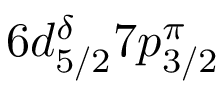
6 d _ { 5 / 2 } ^ { \delta } 7 p _ { 3 / 2 } ^ { \pi }